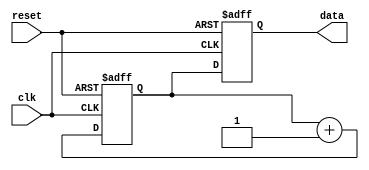
module repeat_loop (
    input wire clk,       // Clock input
    input wire reset,     // Reset signal to break the loop
    output reg [7:0] data // Example output data
);

// Internal variable to simulate some operation
reg [7:0] counter;

// Always block to implement the repeat loop
always @(posedge clk or posedge reset) begin
    if (reset) begin
        // Reset condition: exit the loop and reset the counter
        data <= 8'h00;       // Reset output data
        counter <= 8'h00;    // Reset counter
    end else begin
        // Repeat loop body
        // Simulate a continuous operation, e.g., incrementing the counter
        counter <= counter + 1;
        data <= counter;      // Update output data with the counter value
        
        // Optionally, implement a condition to break the loop or reset
        // if (counter == SOME_THRESHOLD) begin
        //     // Some logic to break the loop or perform additional actions
        // end
    end
end

endmodule